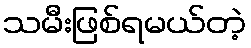
သမီးဖြစ်ရမယ်တဲ့